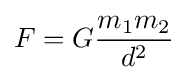
F=G{\frac {m_{1}m_{2}}{d^{2}}}